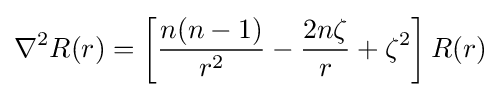
\nabla ^{2}R(r)=\left[{n(n-1) \over r^{2}}-{2n\zeta  \over r}+\zeta ^{2}\right]R(r)